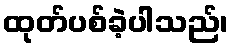
ထုတ်ပစ်ခဲ့ပါသည်၊